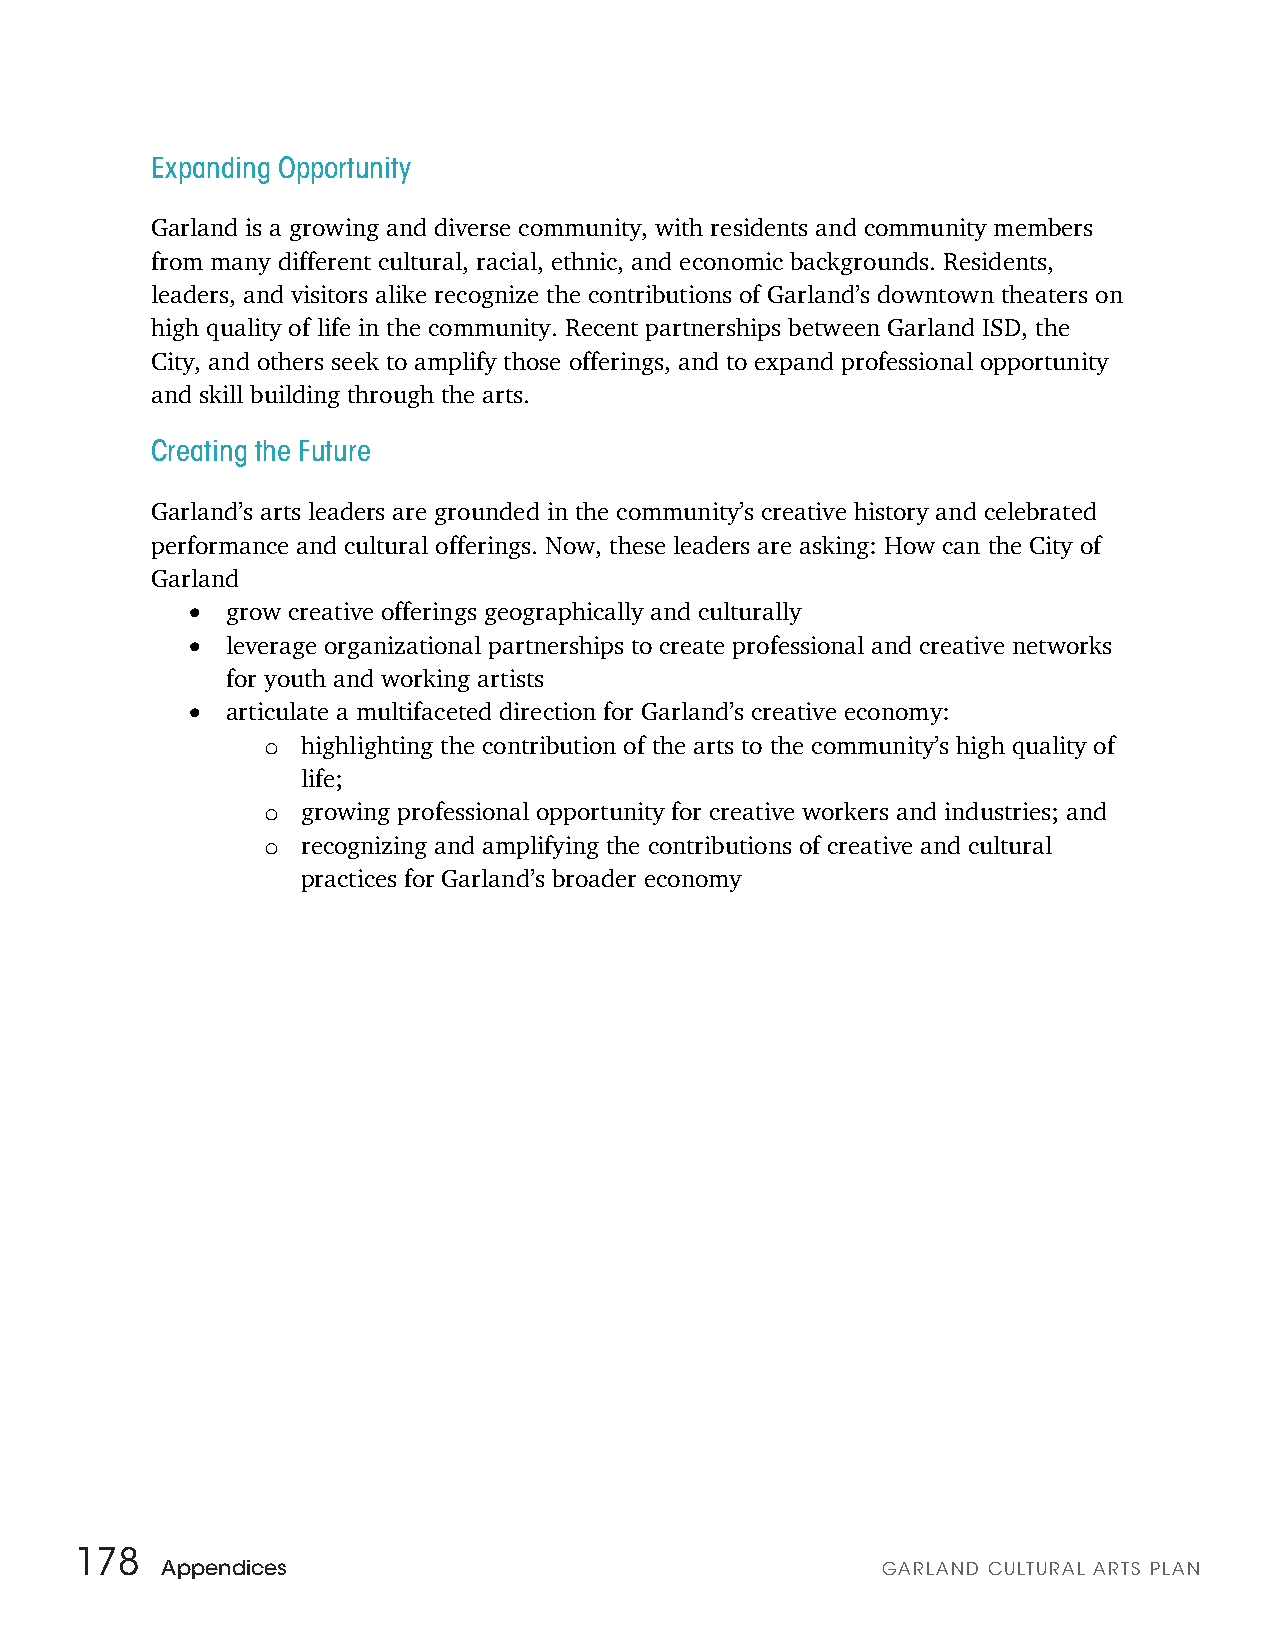
Expanding Opportunity
 Garland is a growing and diverse community, with residents and community members
 from many different cultural, racial, ethnic, and economic backgrounds. Residents,
 leaders, and visitors alike recognize the contributions of Garland’s downtown theaters on
 high quality of life in the community. Recent partnerships between Garland ISD, the
 City, and others seek to amplify those offerings, and to expand professional opportunity
 and skill building through the arts.
 Creating the Future
 Garland’s arts leaders are grounded in the community’s creative history and celebrated
 performance and cultural offerings. Now, these leaders are asking: How can the City of
 Garland
 •
 grow creative offerings geographically and culturally
 •
 leverage organizational partnerships to create professional and creative networks
 for youth and working artists
 •
 articulate a multifaceted direction for Garland’s creative economy:
 o  highlighting the contribution of the arts to the community’s high quality of
 life;
 o  growing professional opportunity for creative workers and industries; and
 o  recognizing and amplifying the contributions of creative and cultural
 practices for Garland’s broader economy
 178
 Appendices                                     GARLAND CULTURAL ARTS PLAN